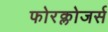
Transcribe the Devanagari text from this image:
फोरक्लोजर्स